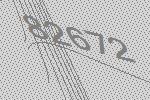
82672